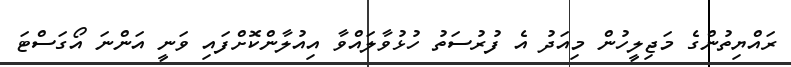
ރައްޔިތުންގެ މަޖިލީހުން މިއަދު އެ ފުރުސަތު ހުޅުވާލައްވާ އިއުލާންކޮށްފައި ވަނީ އަންނަ އޯގަސްޓަ